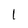
Character: l